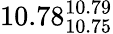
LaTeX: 10.78_{10.75}^{10.79}